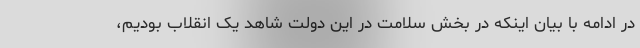
در ادامه با بیان اینکه در بخش سلامت در این دولت شاهد یک انقلاب بودیم،